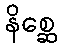
နိစ္ဆေ